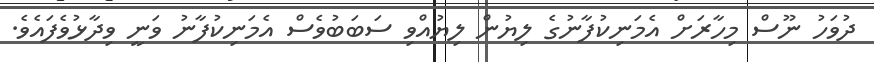
ދުވަހު ނޫސް މިހާރަށް އެމަނިކުފާނުގެ ލިޔުން ލިޔުއްވި ސަބަބުވެސް އެމަނިކުފާނު ވަނީ ވިދާޅުވެފައެވެ.